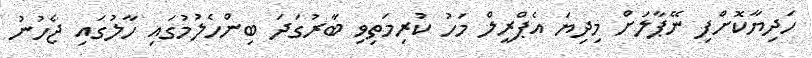
ހަދިޔާކޮށްފި ނޭޕާލަށް މިދިޔަ އެޕްރީލް މަހު ކުރިމަތިވި ބާރުގަދަ ބިންހެލުމުގައި ހާލުގައި ޖެހުުނު